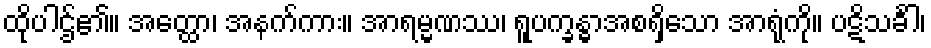
ထိုပါဌ်၏။ အတ္ထော၊ အနက်ကား။ အာရမ္မဏဿ၊ ရူပက္ခန္ဓာအစရှိသော အာရုံကို။ ပဋိသင်္ခါ၊